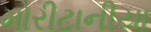
મોરીટાનીયા